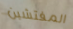
المفتشين